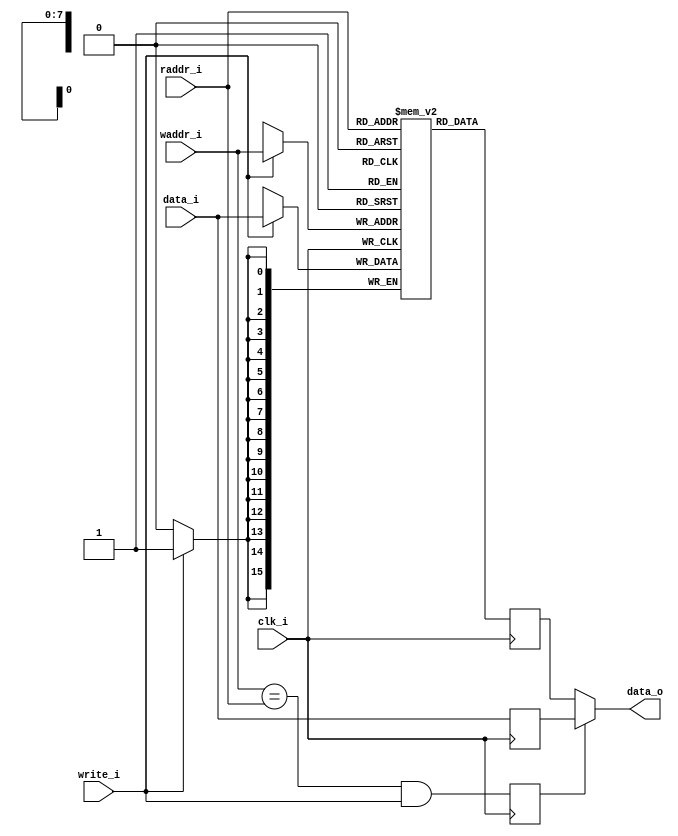
`ifndef INIT_BRAM_DUAL_GUARD
`define INIT_BRAM_DUAL_GUARD

module bram_init_dual
  #(
    parameter memSize_p = 8,
    parameter dataWidth_p = 16,
    parameter initFile_p = ""
  )
  (
    input wire clk_i,
    input wire write_i,
    input wire [(dataWidth_p - 1):0] data_i,
    input wire [(memSize_p - 1):0]  waddr_i,
    input wire [(memSize_p - 1):0]  raddr_i,

    output wire [(dataWidth_p - 1):0] data_o
  );

  reg [(dataWidth_p - 1):0] memory [2**memSize_p-1:0] /* synthesis syn_ramstyle = "no_rw_check" */;

  initial if (initFile_p) $readmemh(initFile_p, memory);

  reg [(dataWidth_p-1):0] bram_out = 0;
  reg [(dataWidth_p-1):0] writethrough = 0;

  wire writethrough_condition = (waddr_i == raddr_i) && write_i;
  reg writethrough_satisfied = 0;

  assign data_o = writethrough_satisfied ? writethrough : bram_out;

  always @(posedge clk_i) begin
    if (write_i)
      memory[waddr_i] <= data_i;
  end

  always @(posedge clk_i) begin
    bram_out <= memory[raddr_i];
    writethrough <= data_i;
    writethrough_satisfied <= writethrough_condition;
  end

endmodule
`endif // INIT_BRAM_DUAL_GUARD